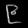
Digit: ၉